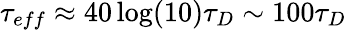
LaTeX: \tau_{eff}\approx 40\log(10)\tau_{D}\sim 100\tau_{D}